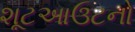
શૂટઆઉટનો